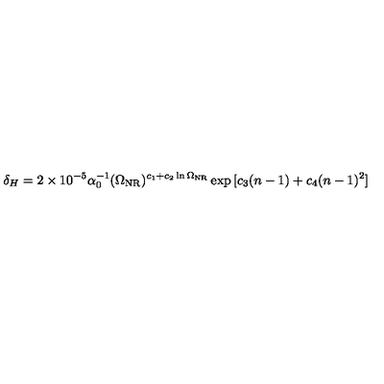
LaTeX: \delta _ { H } = 2 \times 1 0 ^ { - 5 } \alpha _ { 0 } ^ { - 1 } ( \Omega _ { \mathrm { N R } } ) ^ { c _ { 1 } + c _ { 2 } \ln \Omega _ { \mathrm { N R } } } \exp { [ c _ { 3 } ( n - 1 ) + c _ { 4 } ( n - 1 ) ^ { 2 } ] }